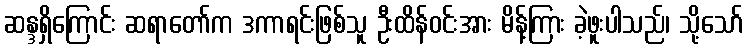
ဆန္ဒရှိကြောင်း ဆရာတော်က ဒကာရင်းဖြစ်သူ ဦးထိန်ဝင်းအား မိန့်ကြား ခဲ့ဖူးပါသည်၊ သို့သော်